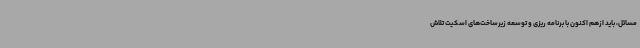
مسائل، باید ازهم اکنون با برنامه ریزی و توسعه زیرساخت‌های اسکیت تلاش